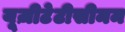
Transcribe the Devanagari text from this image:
यूज़ीटेटीसीमम